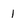
Character: 1